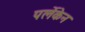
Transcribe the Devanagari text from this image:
पर्लेकेन